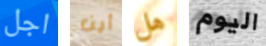
اجل أين هل اليوم